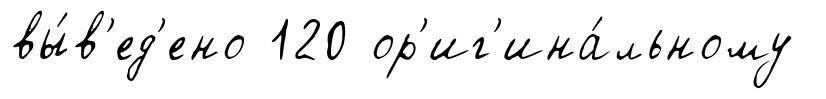
вы́в'ед'ено 120 ор'иг'ина́льному